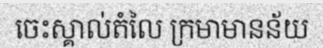
ចេះស្គាល់តំលៃ ក្រមាមានន័យ